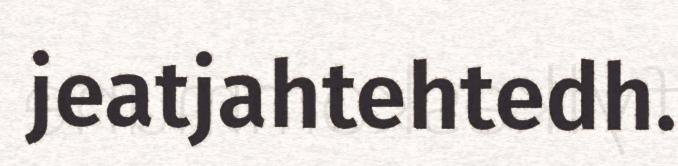
jeatjahtehtedh.